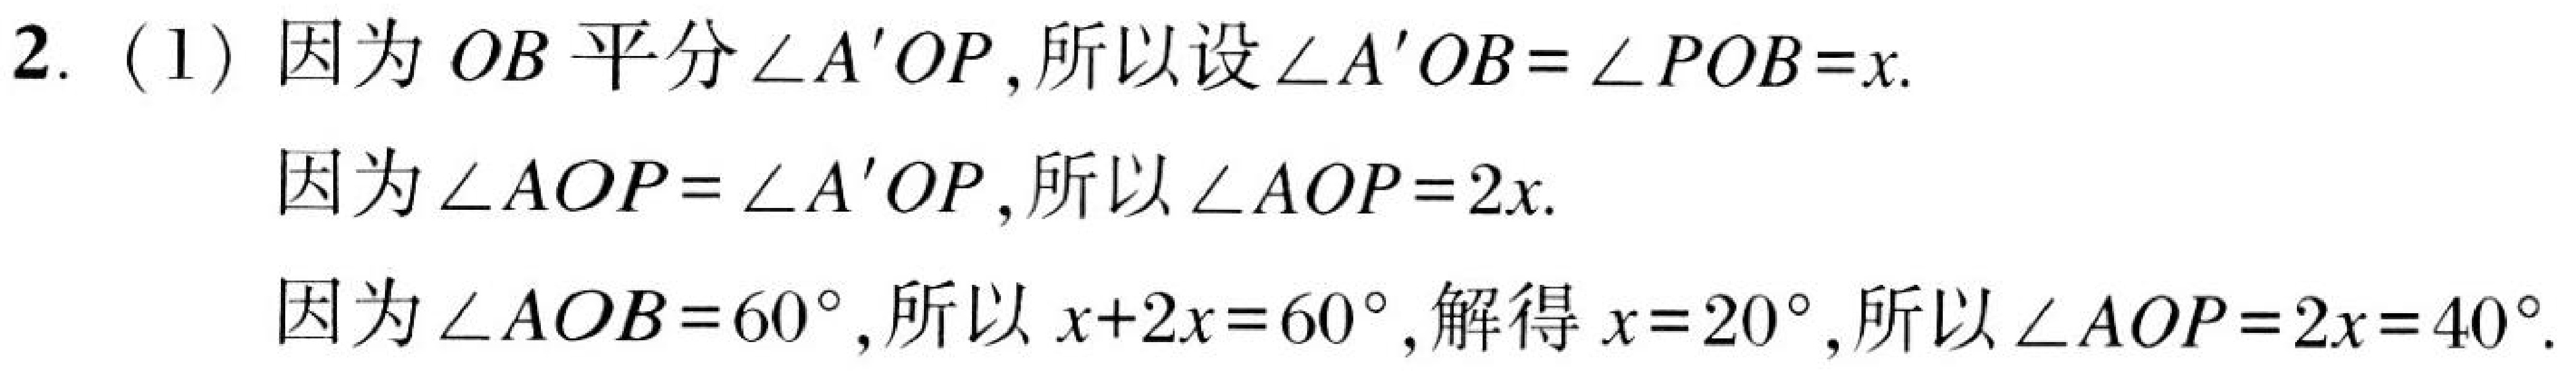
2. (1) 因为\(OB\)平分\(\angle A'OP\),所以设\(\angle A'OB = \angle POB=x\).

因为\(\angle AOP=\angle A'OP\),所以\(\angle AOP = 2x\).

因为\(\angle AOB = 60^{\circ}\),所以\(x + 2x=60^{\circ}\),解得\(x = 20^{\circ}\),所以\(\angle AOP = 2x = 40^{\circ}\).